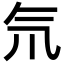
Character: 氘